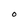
Character: O